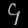
Digit: ၄